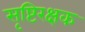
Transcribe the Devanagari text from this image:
सृष्टिरक्षक